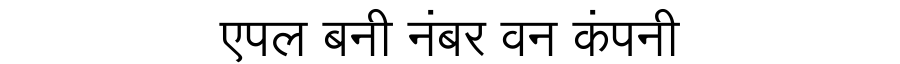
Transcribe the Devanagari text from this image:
एपल बनी नंबर वन कंपनी